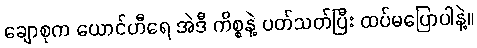
ချောစုက ယောင်ဟီရေ အဲဒီ ကိစ္စနဲ့ ပတ်သတ်ပြီး ထပ်မပြောပါနဲ့။